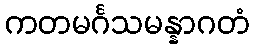
ကတမင်္ဂသမန္နာဂတံ